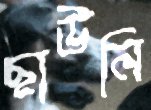
ছাউনি